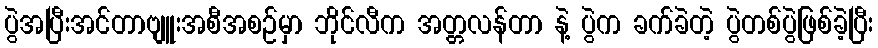
ပွဲအပြီးအင်တာဗျူးအစီအစဉ်မှာ ဘိုင်လီက အတ္တလန်တာ နဲ့ ပွဲက ခက်ခဲတဲ့ ပွဲတစ်ပွဲဖြစ်ခဲ့ပြီး